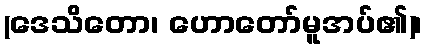
(ဒေသိတော၊ ဟောတော်မူအပ်၏)၊